Document type: payment_order
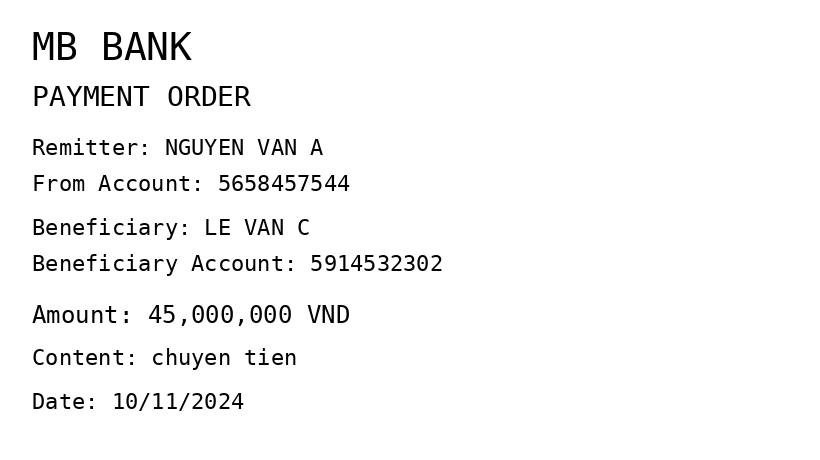
OCR transcript:
MB BANK
PAYMENT ORDER
Remitter: NGUYEN VAN A
From Account: 5658457544
Beneficiary: LE VAN C
Beneficiary Account: 5914532302
Amount: 45,000,000 VND
Content: chuyen tien
Date: 10/11/2024
Extracted fields:
bank_name: mb bank
sender_name: nguyen van a
sender_account: 5658457544
beneficiary_name: le van c
beneficiary_account: 5914532302
amount: 45000000
content: chuyen tien
date: 2024-11-10